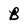
Character: B